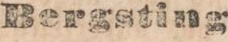
NERIKES ALLAHANDA.